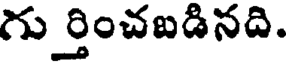
గుర్తించబడినది.